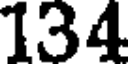
134